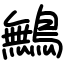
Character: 鷡